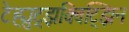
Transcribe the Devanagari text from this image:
टेह्युट्झक्विट्झिन